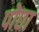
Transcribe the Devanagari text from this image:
पोछा